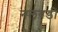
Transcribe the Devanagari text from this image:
नलवडी